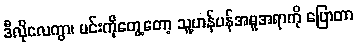
ဒီလိုလေကွာ၊ မင်းကိုတွေ့တော့ သူ့ဟန်ပန်အမူအရာကို ပြောတာ